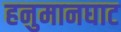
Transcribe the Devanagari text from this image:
हनुमानघाट